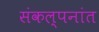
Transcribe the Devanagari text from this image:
संकल्पनांत